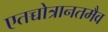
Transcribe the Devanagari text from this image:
एतच्चोत्रानतमैव